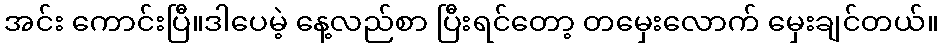
အင်း ကောင်းပြီ။ဒါပေမဲ့ နေ့လည်စာ ပြီးရင်တော့ တမှေးလောက် မှေးချင်တယ်။